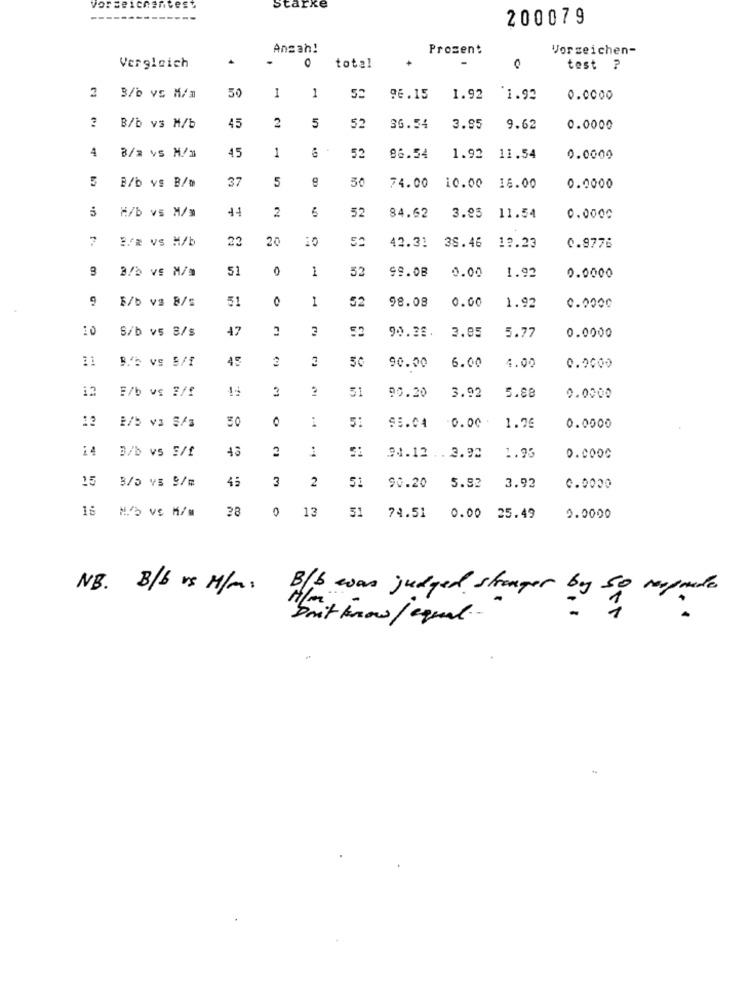
Vorbeichantest
Starke
--
200079
Ansah!
Prozent
Vorzeichen-
O
Vergleich
total
test ?
1
52
2 3/b vs M/m
50
1
96.15
1.92
`1.92
0.0000
45
2
5
B/b vs M/b
52
36.54
3.95
9.62
0.0000
4
45
1
B/# vs M/m
52
86.54
1.92
11.54
0.0000
5
37
5
30
B/b vs B/w
74.00
10.00
16.00
0.0000
M/b vs M/m
2
5
52
84.62
3.23
11.54
0.0000
7
B.2 vs M/b
23
20
10
42.31
38.46
12.23
0.9776
2/b vs M/m
51
1
52
99.08
0.00
1.92
0.0000
9
5/b vs B/s
51
1
52
98.08
0.00
1.92
0.0000
10
S/b v5 8/s
47
52
3.95
5.77
0.0000
90.38.
B.'b vs S/f
45
2
3
50
90.00
6.00
4.00
0.0000
12
E/b vs 2/f
3
3.92
51
90.20
5.88
0.0000
13
1/b v3 5/3
50
O
51
0.00 .
...
95.04
1.76
0.0000
14
3/b vs S/f
43
2
1
94.12 .. 3.92
1.95
0.0000
15
B/D VS S/m
45
3
2
51
90.20
5.92
3.92
0.0000
38
0
13
51
74.51
15 M/S vs M/M
0.00 25.49
0.0000
Doit know/ equal-
NB. B/b vs M/m. B/b was judged stamper by Sig mynte